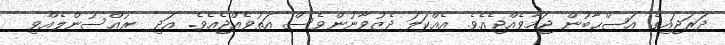
ދަރަޖައިގެ އަޞްޙާބުން ޖަމާވެއްޖެއެވެ. އެއްކަލަ ދެޒުވާނުންވެސް އަތުވެއްޖެއެވެ. އަދި  ރުއްސުންލެއްވި